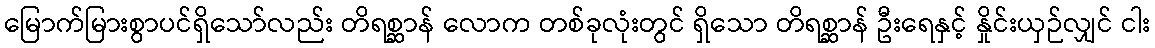
မြောက်မြားစွာပင်ရှိသော်လည်း တိရစ္ဆာန် လောက တစ်ခုလုံးတွင် ရှိသော တိရစ္ဆာန် ဦးရေနှင့် နှိုင်းယှဉ်လျှင် ငါး